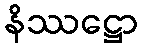
နိဿဋ္ဌော